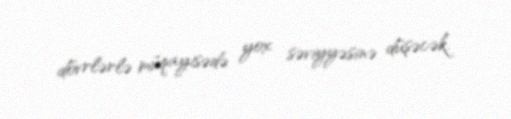
dövrlərlə müqayisədə yox səviyyəsinə düşəcək.